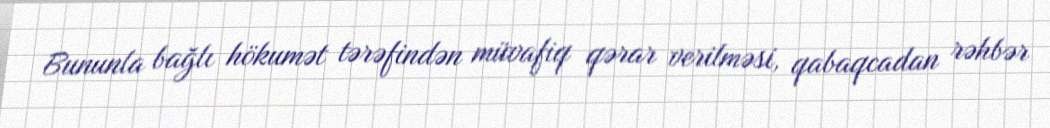
Bununla bağlı hökumət tərəfindən müvafiq qərar verilməsi, qabaqcadan rəhbər